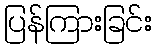
ပြန်ကြားခြင်း